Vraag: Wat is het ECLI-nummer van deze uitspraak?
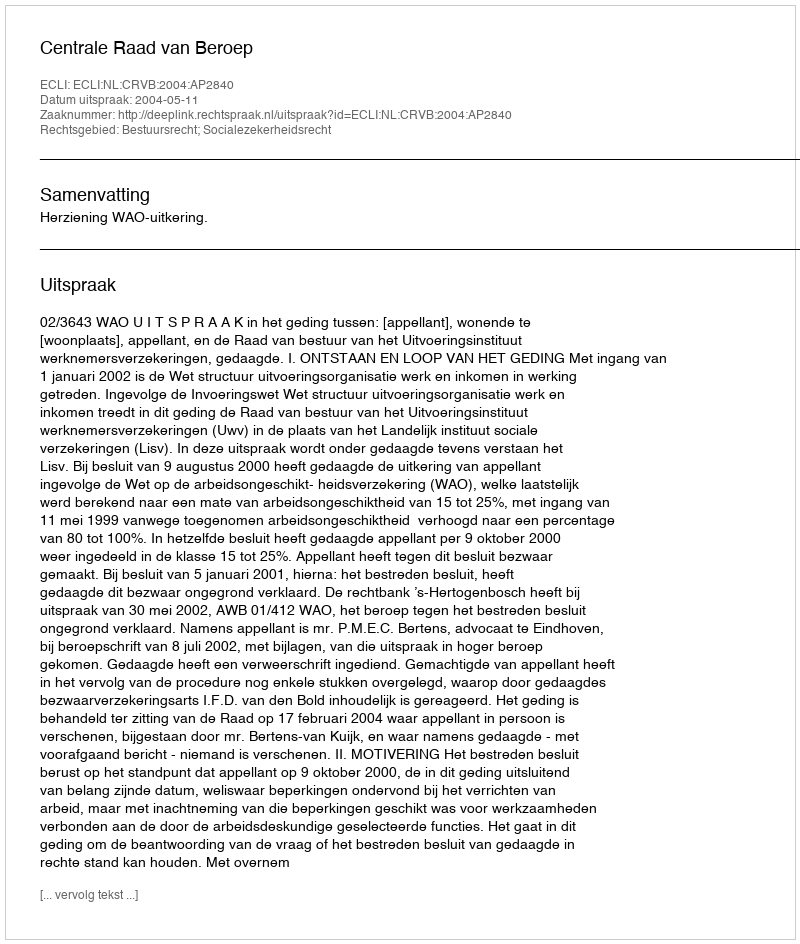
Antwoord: ECLI:NL:CRVB:2004:AP2840